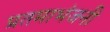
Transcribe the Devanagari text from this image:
प्रतमाभंजनी